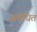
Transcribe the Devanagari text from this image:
समंधित